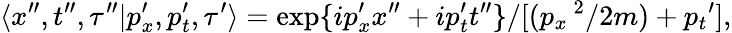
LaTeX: \langle x^{\prime\prime},t^{\prime\prime},\tau^{\prime\prime}|p_{x}^{\prime},p_{t}^{\prime},\tau^{\prime}\rangle=\exp\{ ip_{x}^{\prime}x^{\prime\prime}+ip_{t}^{\prime}t^{\prime\prime}\} /[({p_{x}}^{\ 2}/2m)+{p_{t}}^{\prime}],